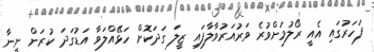
ފަހަރުގައި އެއީ ރޯލުމަށްވުރެ ވަރުއަރުވާލާފައި ޒީލަ ގަދަކޮށް ހަޅޭއްލަވާ އަޑުގަދަ ކުރަން ނީނާ